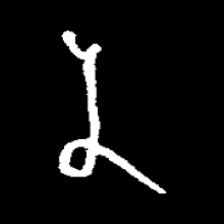
Pyu character \u2014 Myanmar letter: န (romanized: na)